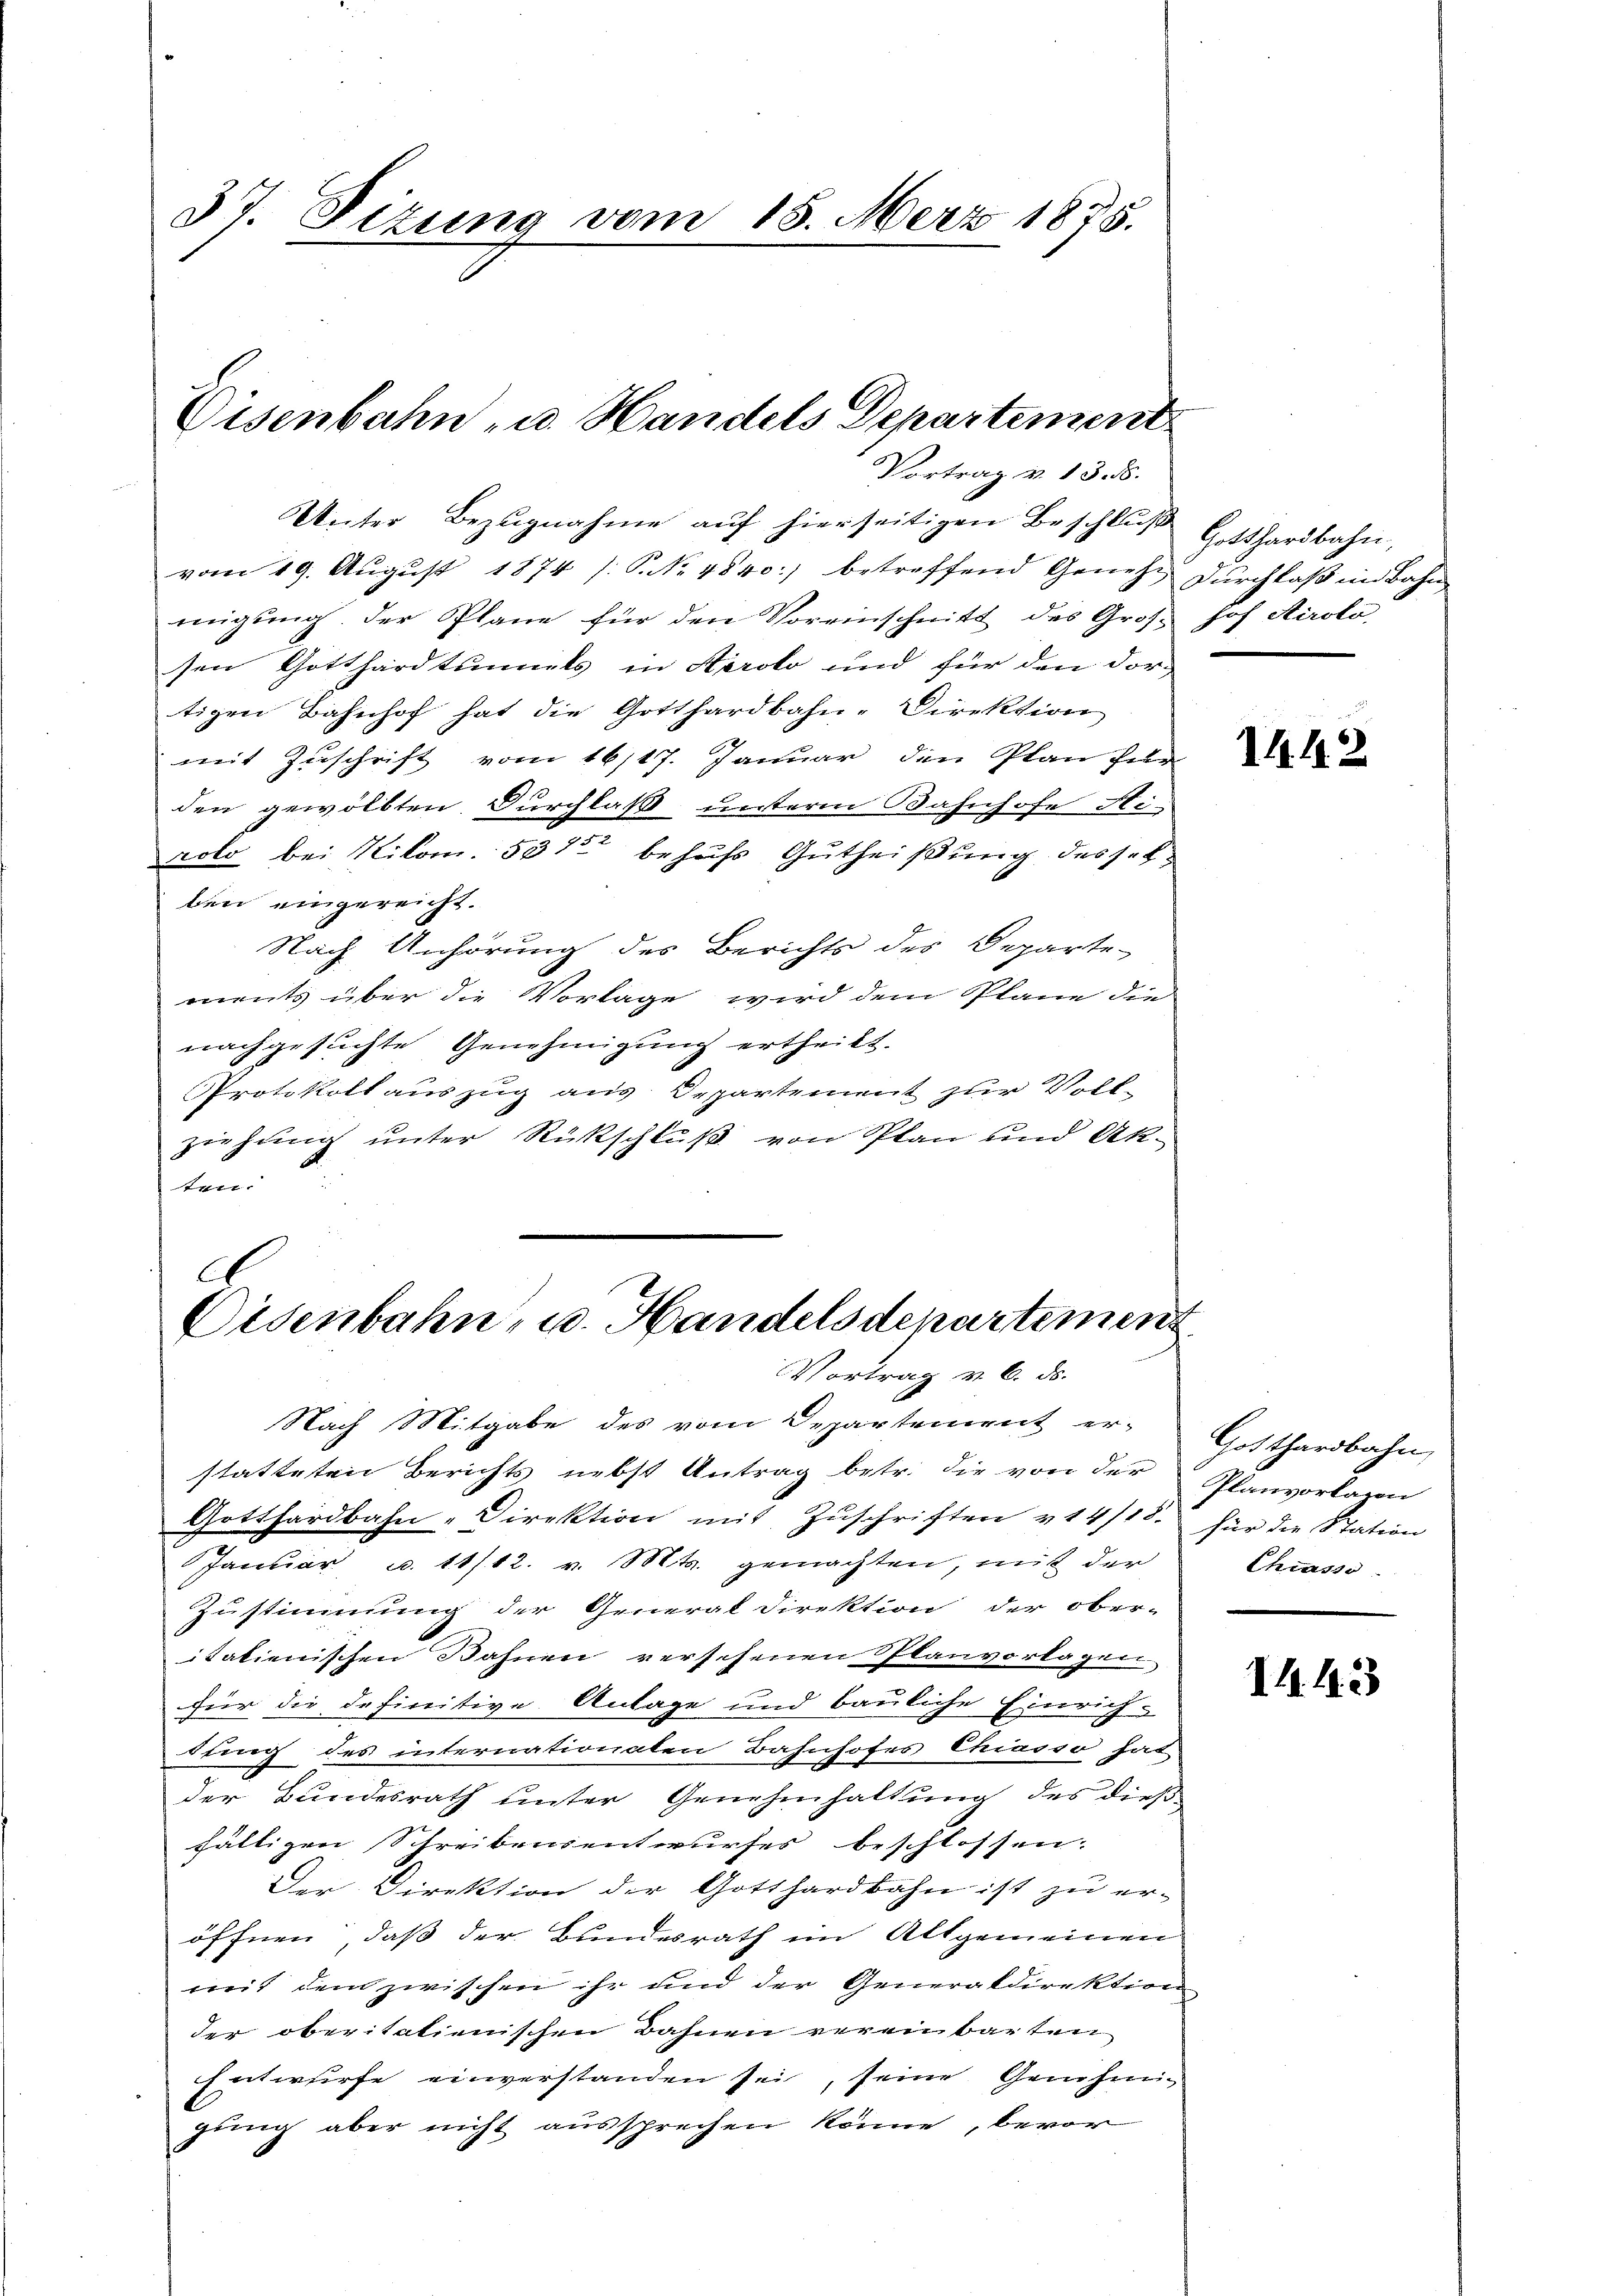
37. Sizung vom 18. März 1875.

Eisenbahn u. Handels Departement
Vortrag v. 13. d.

Unter Bezugnahme auf hierseitigen Beschluß Gotthardbahn,
vom 19. Aŭgŭst 1874 /: P. No 4840 betreffend Genehm Durchlaß im Bahn
migŭng der Plane für den Voreinschnitt des Groβ hof Airolo
sen Gotthardtunnels in Airolo und für den dortigen Bahnhof hat die Gotthardbahn-Direktion
mit Zuschrift vom 16/17. Januar den Plan fern
den gewölbten Durchlaß unterm Bahnhofe Stirolo bei Kilom. 532 behufs Gutheißung desselben eingereicht.
Nach Anhörung des Berichts des Departe-
ments über die Vorlage wird dem Plane die
nachgesuchte Genehmigung ertheilt.
Protokoll auszug aus Departement zur Voll-
ziehung unter Rückschluß von Plan und Akten.
A

Oisenbahn- u. Handelsdepartement
Vortrag v. 6. ds.

Nach Mitgabe des vom Departement er-
statteten Berichts nebst Antrag betr. die von der
Gotthardbahn-Direktion mit Zuschriften v 14/18. für die Station
Januar u. 11/12. v. Mts. gemachten, mit der
Zustimmung der General Direktion der ober-
italienischen Bahnen verschenen Planvorlagen,
für die definitive Anlage und bauliche Einrich-
tung des internationalen Bahnhofes Chiasso hat
der Bundesrath unter Genehmhaltung des dieß
fältigen Schreibensentwurfes beschlossen:
Der Direktion der Gotthardbahn ist zu er-
öffnen, daß der Bundesrath im Altgemeinen
mit dem zwischen ihr und der Generaldirektion
der oberitatienischen Bahnen vereinbarten
Entwurfe einverstanden sei, seine Genehmig
gung aber nicht aussprechen könne, bevor

1442

Gotthardbahn,
Planvorlagen
Chrasso

11. 11. 33